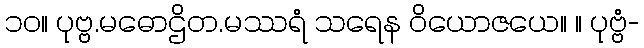
၁၀။ ပုဗ္ဗ.မဓောဌိတ.မဿရံ သရေန ဝိယောဇယေ။ ။ ပုဗ္ဗံ-